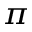
_ { \pi }